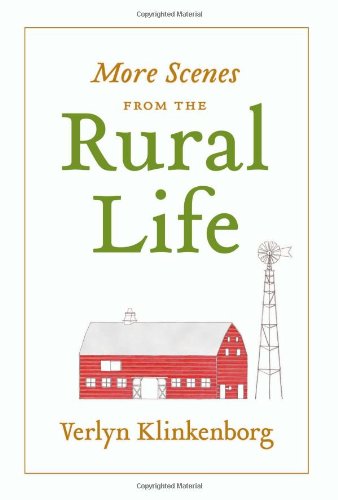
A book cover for More Scenes from the Rural Life; Verlyn Klinkenborg; Humor & Entertainment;